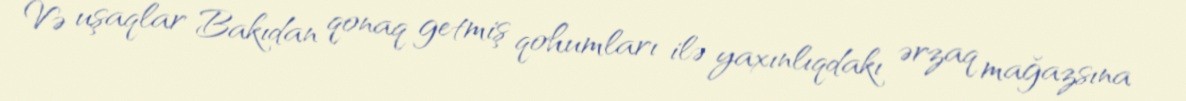
Və uşaqlar Bakıdan qonaq getmiş qohumları ilə yaxınlıqdakı ərzaq mağazsına